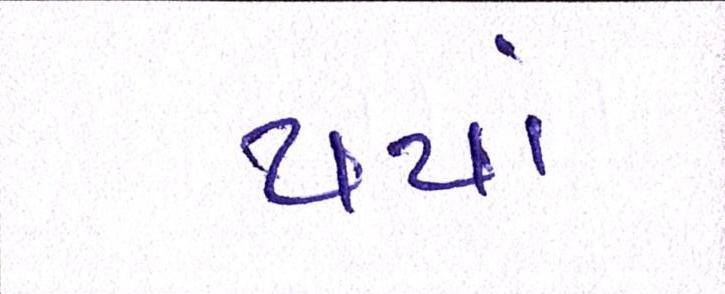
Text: થયાં